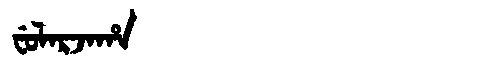
Manchu: ᠸᡠᠯᠠᡵᠵᠠᡥᠠ
Romanization: FULARJAHA